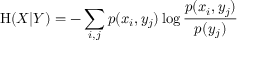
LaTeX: \mathrm { H } ( X | Y ) = - \sum _ { i , j } p ( x _ { i } , y _ { j } ) \log { \frac { p ( x _ { i } , y _ { j } ) } { p ( y _ { j } ) } }